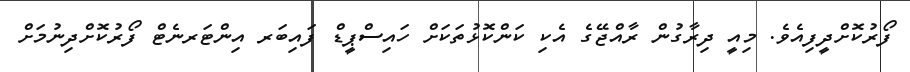
ފޯރުކޮށްދީފިއެވެ. މިއީ ދިރާގުން ރާއްޖޭގެ އެކި ކަންކޮޅުތަކަށް ހައިސްޕީޑް ފައިބަރ އިންޓަރނެޓް ފޯރުކޮށްދިނުމަށް